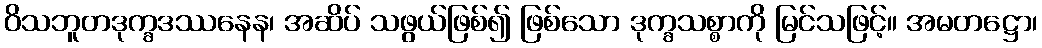
ဝိသဘူတဒုက္ခဒဿနေန၊ အဆိပ် သဖွယ်ဖြစ်၍ ဖြစ်သော ဒုက္ခသစ္စာကို မြင်သဖြင့်။ အမတဋ္ဌော၊